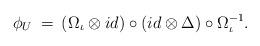
LaTeX: \begin{align*}\phi_U \: = \: (\Omega_{\iota} \otimes id) \circ (id \otimes \Delta)\circ \Omega_{\iota}^{-1}.\end{align*}